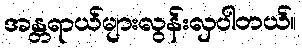
အန္တရာယ်များလွန်းလှပါတယ်။